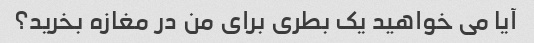
آیا می خواهید یک بطری برای من در مغازه بخرید؟